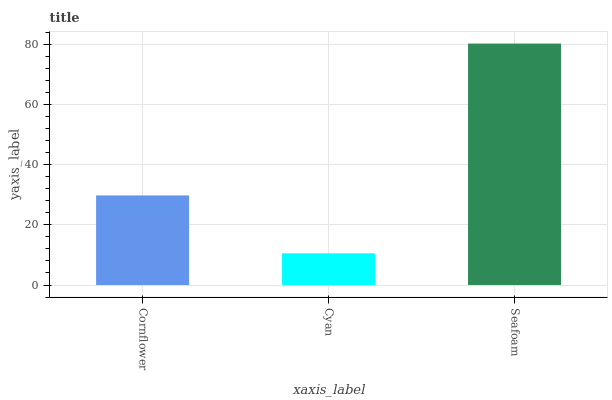
| xaxis_label | bars |
 | --- | --- |
 | Cornflower | 29.8 |
 | Cyan | 10.5 |
 | Seafoam | 80.3 |